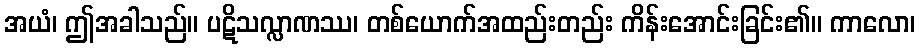
အယံ၊ ဤအခါသည်။ ပဋိသလ္လာဏဿ၊ တစ်ယောက်အထည်းတည်း ကိန်းအောင်းခြင်း၏။ ကာလော၊